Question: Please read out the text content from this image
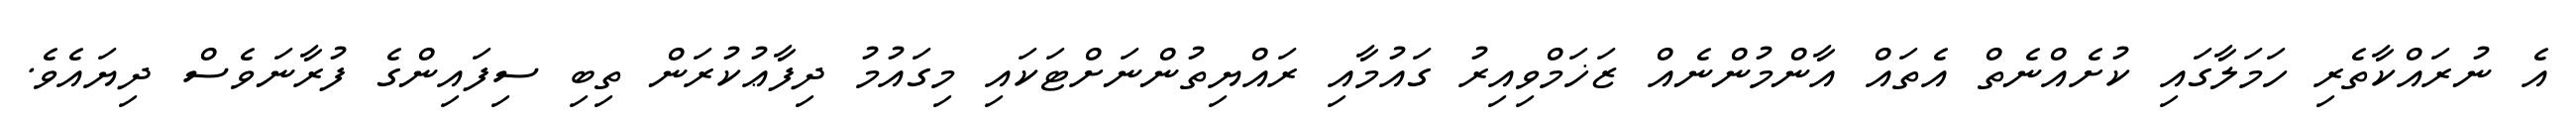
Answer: އެ ނުރައްކާތެރި ހަމަލާގައި ކުށެއްނެތް އެތައް އާންމުންނެއް ޒަޚަމްވިއިރު ގައުމާއި ރައްޔިތުންނަށްޓަކައި މިގައުމު ދިފާޢުކުރަން ތިބި ސިފައިންގެ ފުރާނަވެސް ދިޔައެވެ.